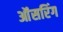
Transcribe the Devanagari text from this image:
ऑंसरिंग